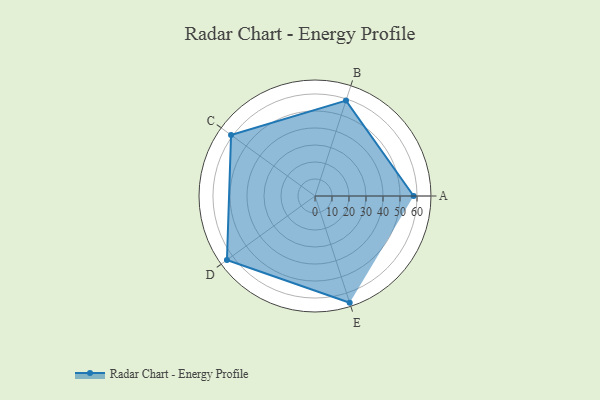
{"axis": {"x": "Skill", "y": "Score"}, "legend": ["Profile"], "data": [{"x": "A", "y": 58.0, "type": "Profile"}, {"x": "B", "y": 59.0, "type": "Profile"}, {"x": "C", "y": 61.0, "type": "Profile"}, {"x": "D", "y": 64.0, "type": "Profile"}, {"x": "E", "y": 66.0, "type": "Profile"}]}